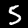
Label: 5